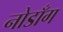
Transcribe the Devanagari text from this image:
नोडाँग